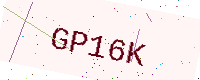
Text: GP16K